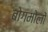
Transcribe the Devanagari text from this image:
बोगमोलों